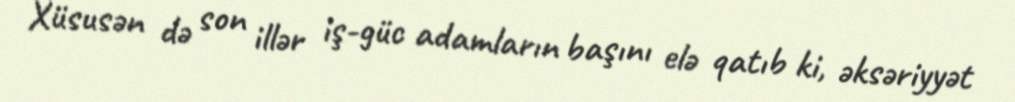
Xüsusən də son illər iş-güc adamların başını elə qatıb ki, əksəriyyət